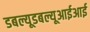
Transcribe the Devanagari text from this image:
डबल्यूडबल्यूआईआई